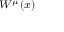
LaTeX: \scriptstyle W ^ { \mu } ( x )